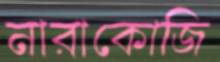
নারাকোজি